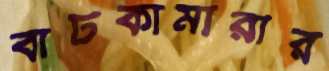
বাটকামারীর